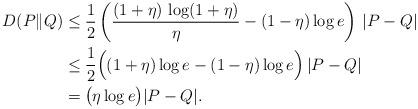
LaTeX: \begin{align*}D(P\|Q) & \leq \frac{1}{2} \left( \frac{(1+\eta) \, \log(1+\eta)}{\eta} - (1-\eta) \log e \right)\, |P-Q| \\& \leq \frac{1}{2} \Bigl( (1+\eta) \log e - (1-\eta) \log e \Bigr) \, |P-Q| \\& = \bigl( \eta \log e \bigr) |P-Q|.\end{align*}